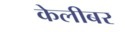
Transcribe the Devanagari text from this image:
केलीबर